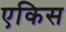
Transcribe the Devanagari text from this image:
एकिस